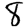
Digit: 8